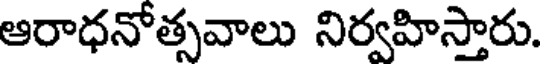
ఆరాధనోత్సవాలు నిర్వహిస్తారు.